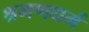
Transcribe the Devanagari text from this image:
श्रमणधर्म